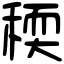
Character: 稬